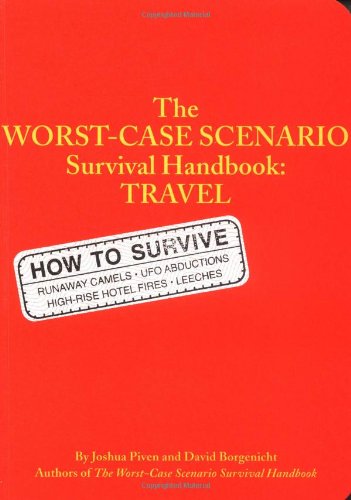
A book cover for The Worst Case Scenario Survival Handbook: Travel; Joshua Piven; Politics & Social Sciences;